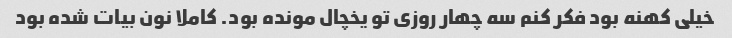
خیلی کهنه بود فکر کنم سه چهار روزی تو یخچال مونده بود. کاملا نون بیات شده بود